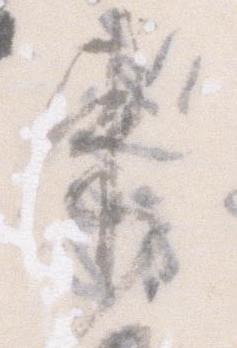
束